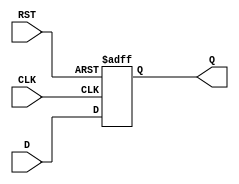
module input_register (
    input wire D,        // Data Input
    input wire CLK,      // Clock Input
    input wire RST,      // Asynchronous Reset
    output reg Q         // Data Output
);

// Sequential logic for the input register
always @(posedge CLK or posedge RST) begin
    if (RST) begin
        Q <= 1'b0;      // Clear the register on reset
    end else begin
        Q <= D;         // Capture the input data on clock edge
    end
end

endmodule